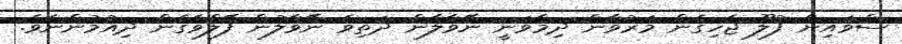
ސްވައިން ފުލޫ ޖެހިގެން މަރުވާން ދިމާވަނީ ނޭވާލާން ދަތިވެ ނޭވާލުން ފޭލްވެގެން ދިއުމުންނެވެ.